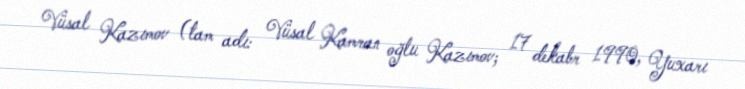
Vüsal Kazımov (tam adı: Vüsal Kamran oğlu Kazımov; 17 dekabr 1990, Yuxarı